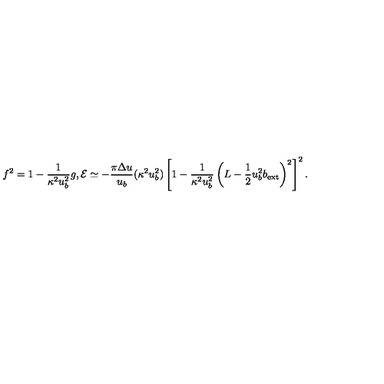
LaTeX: f ^ { 2 } = 1 - \frac { 1 } { \kappa ^ { 2 } u _ { b } ^ { 2 } } g , { \cal E } \simeq - \frac { \pi \Delta u } { u _ { b } } ( \kappa ^ { 2 } u _ { b } ^ { 2 } ) \left[ 1 - \frac { 1 } { \kappa ^ { 2 } u _ { b } ^ { 2 } } \left( L - \frac { 1 } { 2 } u _ { b } ^ { 2 } b _ { \mathrm { e x t } } \right) ^ { 2 } \right] ^ { 2 } .